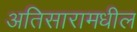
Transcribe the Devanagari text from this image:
अतिसारामधील